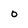
Character: 0